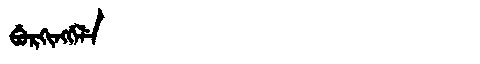
Manchu: ᠪᡠᡵᡴᡳᠩᡤᡝᠯᡝ
Romanization: BURKINGGELE